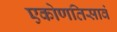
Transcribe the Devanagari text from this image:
एकोणतिसावं